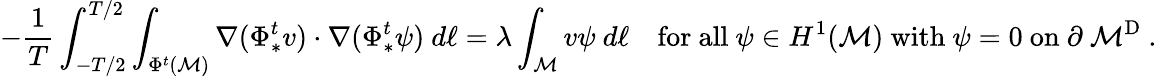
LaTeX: -\frac{1}{T}\int_{-T/2}^{T/2}\int_{\Phi^{t}(\mathcal{M})}\nabla(\Phi_{*}^{t}v)\cdot\nabla(\Phi_{*}^{t}\psi)\ d\ell=\lambda\int_{\mathcal{M}}v\psi\ d\ell\quad\mathrm{for~all~}\psi\in H^{1}(\mathcal{M})\mathrm{~with~}\psi=0\mathrm{~on~\partial~\mathcal{M}^{D}~}.